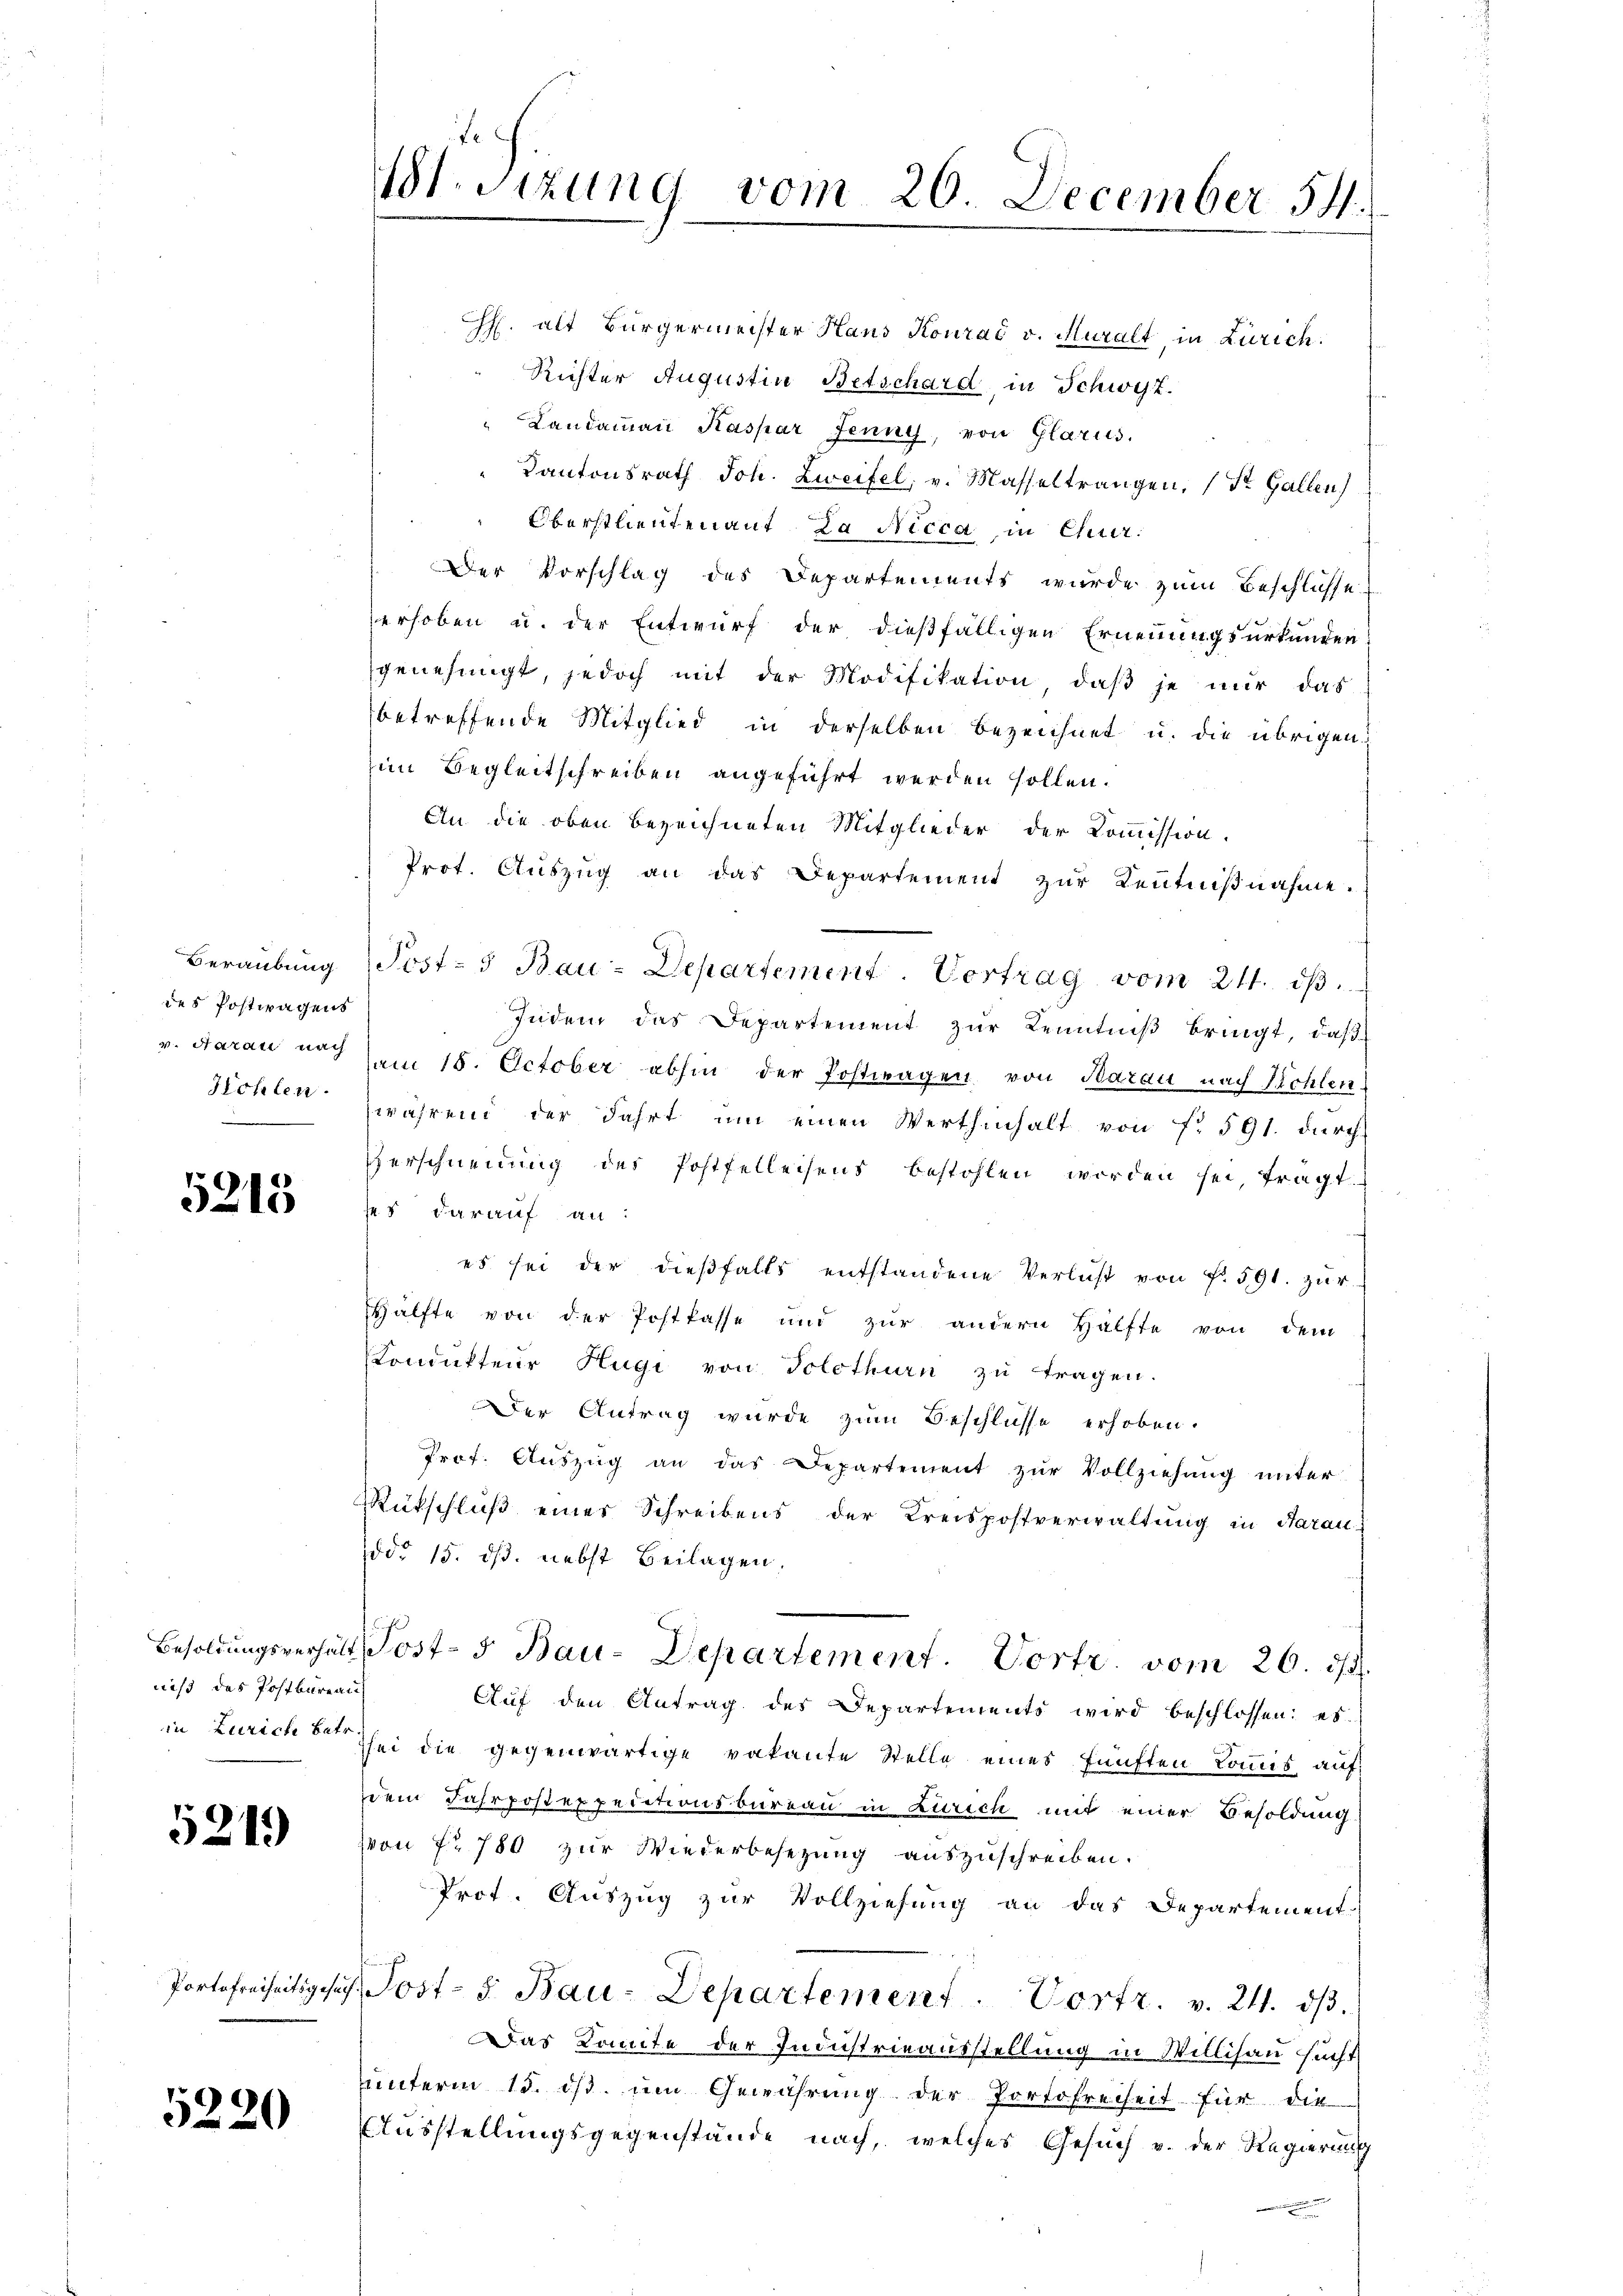
des Postwagens
Hohlen.

5215

niß das Postbureau

5219

5220

18t. Sizung vom 20. December 54.

Ch. alt Bürgermeister Hans Konrad v. Muralt, in Zürich.
Richter Augustin Betschard, in Schwyz.
" Landaṁaṅ Kaspar Jenny, von Glarus.
Kantonsrath Joh. Zweifel, v. Masseltrangen, (St. Gallen)
Oberstlieutenant. La Nicca, in Chur¬
Der Vorschlag des Departements wurde zum Beschlusse
erhoben u. der Entwurf der dießfälligen Ernennungsurkunden
genehmigt, jedoch mit der Modifikation daβ je nŭr das
betreffende Mitglied in derselben bezeichnet u. die übrigen
im Begleitschreiben angeführt werden sollen.
An die oben bezeichneten Mitglieder der Commission.
Prot. Aŭszŭg an das Departement zŭr Kenntniβnahme.
Beraubung Post- & Bau-Departement. Vortrag vom 24. dβ.
Indem das Departement zŭr Kenntniß bringt, daß
v. Aarau noch dem 18. October abhin der Postwagen von Barau nach Kohlen.
wahrend der Fahrt ŭm einen Werthinhalt von f. 591. dŭrch
Verschneiung des Postfelleisens bestohlen worden sei, fragt.
ses darauf an:
es sei der dieβfalls entstandene Verlust von f. 591. zŭr
Hälfte von der Postkasse und zur andern Hälfte von dem
Condukteur Hügi von Solothurn zu tragen.
Der Antrag wurde zum Beschlüsse erhoben.
Prof. Aŭszŭg an das Departement zŭr Vollziehŭng ŭnter
Rückschluß eines Schreibens der Kreispostverwaltung in Aarau
ddo 15. ds. nebst Beilagen.
Besoldungsverhält Post- 5 Bau-Departement. Vortr. vom 26. ds.
Aŭf den Antrag des Departements wird beschlossen: es
in Zürich der sei die gegenwärtige vakante Stelle eines fünften kommis auf
dem Fahrpostexpeditionsbüreau in Zürich mit einer Besoldung.
von Fr. 780 zur Wiederbesezung auszuschreiben.
Prot. Auszug zur Vollziehung an das Departement
Portofreiheitsgesuch, Post- 5. Bau-Departement. Vortr. v. 211. dβ.
Das Komite der Industrieausstellung in Willisau sucht
uunterm 15. ist im Gewährung der Portofreiheit für die
Ausstellungsgegenstände nach, welches Gesuch v. der Regierung
m